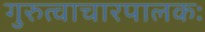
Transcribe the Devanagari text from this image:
गुरुत्वाचारपालकः